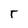
Character: r